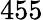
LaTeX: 455